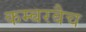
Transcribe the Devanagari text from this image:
कम्बरबैच